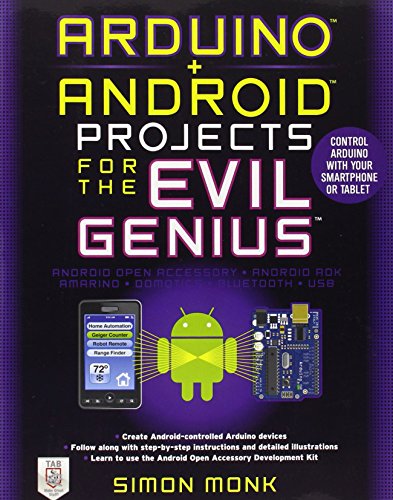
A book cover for Arduino + Android Projects for the Evil Genius: Control Arduino with Your Smartphone or Tablet; Simon Monk; Computers & Technology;